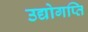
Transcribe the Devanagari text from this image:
उद्योगप्ति